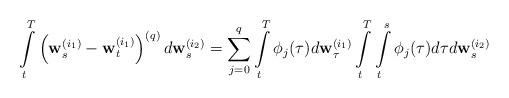
LaTeX: \begin{align*}\int\limits_t^T\left({\bf w}_s^{(i_1)}-{\bf w}_t^{(i_1)}\right)^{(q)}d{\bf w}_s^{(i_2)}=\sum_{j=0}^{q}\int\limits_t^T\phi_j(\tau)d{\bf w}_{\tau}^{(i_1)}\int\limits_t^T\int\limits_t^s\phi_j(\tau)d\tau d{\bf w}_{s}^{(i_2)}\end{align*}